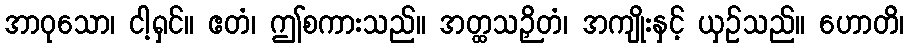
အာဝုသော၊ ငါ့ရှင်။ ဧတံ၊ ဤစကားသည်။ အတ္ထသဉှိတံ၊ အကျိုးနှင့် ယှဉ်သည်။ ဟောတိ၊